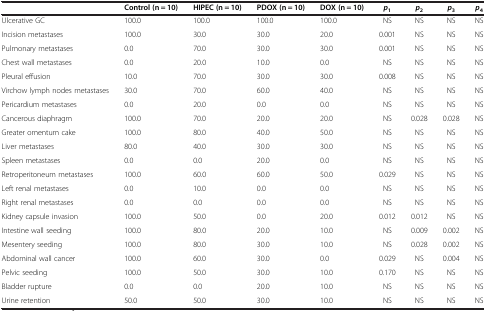
<table><thead><tr><td><b> </b></td><td><b>Control (n = 10)</b></td><td><b>HIPEC (n = 10)</b></td><td><b>PDOX (n = 10)</b></td><td><b>DOX (n = 10)</b></td><td><b><i>p</i><sub>1</sub></b></td><td><b><i>p</i><sub>2</sub></b></td><td><b><i>p</i><sub>3</sub></b></td><td><b><i>p</i><sub>4</sub></b></td></tr></thead><tbody><tr><td>Ulcerative GC</td><td>100.0</td><td>100.0</td><td>100.0</td><td>100.0</td><td>NS</td><td>NS</td><td>NS</td><td>NS</td></tr><tr><td>Incision metastases</td><td>100.0</td><td>30.0</td><td>30.0</td><td>20.0</td><td>0.001</td><td>NS</td><td>NS</td><td>NS</td></tr><tr><td>Pulmonary metastases</td><td>0.0</td><td>70.0</td><td>30.0</td><td>30.0</td><td>0.001</td><td>NS</td><td>NS</td><td>NS</td></tr><tr><td>Chest wall metastases</td><td>0.0</td><td>20.0</td><td>10.0</td><td>0.0</td><td>NS</td><td>NS</td><td>NS</td><td>NS</td></tr><tr><td>Pleural effusion</td><td>10.0</td><td>70.0</td><td>30.0</td><td>30.0</td><td>0.008</td><td>NS</td><td>NS</td><td>NS</td></tr><tr><td>Virchow lymph nodes metastases</td><td>30.0</td><td>70.0</td><td>60.0</td><td>40.0</td><td>NS</td><td>NS</td><td>NS</td><td>NS</td></tr><tr><td>Pericardium metastases</td><td>0.0</td><td>20.0</td><td>0.0</td><td>0.0</td><td>NS</td><td>NS</td><td>NS</td><td>NS</td></tr><tr><td>Cancerous diaphragm</td><td>100.0</td><td>70.0</td><td>20.0</td><td>20.0</td><td>NS</td><td>0.028</td><td>0.028</td><td>NS</td></tr><tr><td>Greater omentum cake</td><td>100.0</td><td>80.0</td><td>40.0</td><td>50.0</td><td>NS</td><td>NS</td><td>NS</td><td>NS</td></tr><tr><td>Liver metastases</td><td>80.0</td><td>40.0</td><td>30.0</td><td>30.0</td><td>NS</td><td>NS</td><td>NS</td><td>NS</td></tr><tr><td>Spleen metastases</td><td>0.0</td><td>0.0</td><td>20.0</td><td>0.0</td><td>NS</td><td>NS</td><td>NS</td><td>NS</td></tr><tr><td>Retroperitoneum metastases</td><td>100.0</td><td>60.0</td><td>60.0</td><td>50.0</td><td>0.029</td><td>NS</td><td>NS</td><td>NS</td></tr><tr><td>Left renal metastases</td><td>0.0</td><td>10.0</td><td>0.0</td><td>0.0</td><td>NS</td><td>NS</td><td>NS</td><td>NS</td></tr><tr><td>Right renal metastases</td><td>0.0</td><td>0.0</td><td>0.0</td><td>0.0</td><td>NS</td><td>NS</td><td>NS</td><td>NS</td></tr><tr><td>Kidney capsule invasion</td><td>100.0</td><td>50.0</td><td>0.0</td><td>20.0</td><td>0.012</td><td>0.012</td><td>NS</td><td>NS</td></tr><tr><td>Intestine wall seeding</td><td>100.0</td><td>80.0</td><td>20.0</td><td>10.0</td><td>NS</td><td>0.009</td><td>0.002</td><td>NS</td></tr><tr><td>Mesentery seeding</td><td>100.0</td><td>80.0</td><td>30.0</td><td>10.0</td><td>NS</td><td>0.028</td><td>0.002</td><td>NS</td></tr><tr><td>Abdominal wall cancer</td><td>100.0</td><td>60.0</td><td>30.0</td><td>0.0</td><td>0.029</td><td>NS</td><td>0.004</td><td>NS</td></tr><tr><td>Pelvic seeding</td><td>100.0</td><td>50.0</td><td>30.0</td><td>10.0</td><td>0.170</td><td>NS</td><td>NS</td><td>NS</td></tr><tr><td>Bladder rupture</td><td>0.0</td><td>0.0</td><td>20.0</td><td>10.0</td><td>NS</td><td>NS</td><td>NS</td><td>NS</td></tr><tr><td>Urine retention</td><td>50.0</td><td>50.0</td><td>30.0</td><td>10.0</td><td>NS</td><td>NS</td><td>NS</td><td>NS</td></tr></tbody></table>